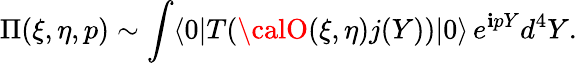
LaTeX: \Pi(\xi,\eta,p)\sim\int\langle0|T({\calO}(\xi,\eta)j(Y))|0\rangle\, e^{\mathbf{i}pY}d^{4}Y.